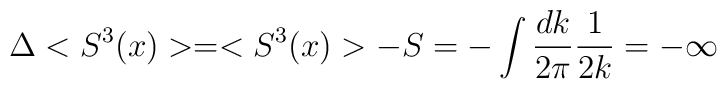
\Delta<S^{3}(x)>= <S^{3}(x)> -S=-\int \frac{dk}{2\pi} \frac{1}{2k}=-\infty